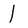
Character: I